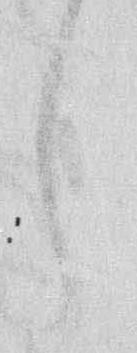
し